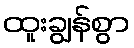
ထူးချွန်စွာ